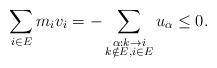
LaTeX: \begin{align*}\sum_{i\in E}m_iv_i=-\sum_{\substack{\alpha:k\to i \\ k\notin E, i\in E }}u_\alpha\leq 0.\end{align*}